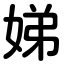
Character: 娣